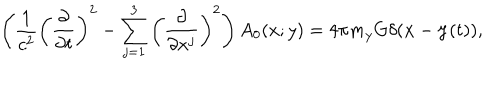
LaTeX: \left( \frac { 1 } { c ^ { 2 } } \left( \frac { \partial } { \partial t } \right) ^ { 2 } - \sum _ { j = 1 } ^ { 3 } \left( \frac { \partial } { \partial x ^ { j } } \right) ^ { 2 } \right) A _ { 0 } ( x ; y ) = 4 \pi m _ { y } G \delta ( { \bf x } - { \bf y } ( t ) ) ,